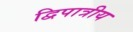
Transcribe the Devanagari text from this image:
द्विपात्रीय